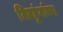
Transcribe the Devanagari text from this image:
निवडुंगांच्या